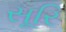
સૂરિ